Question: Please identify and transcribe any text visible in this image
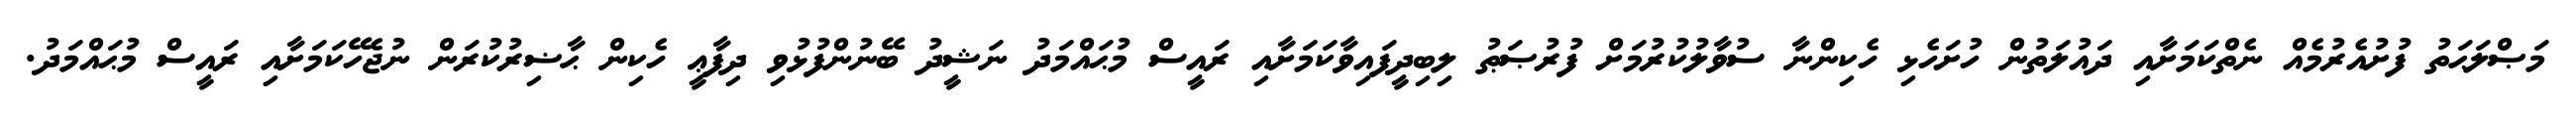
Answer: މަޞްލަޙަތު ފުށުއެރުމެއް ނެތްކަމަށާއި ދައުލަތުން ހުށަހެޅި ހެކިންނާ ސުވާލުކުރުމަށް ފުރުޞަޠު ލިބިދީފައިވާކަމަށާއި ރައީސް މުޙައްމަދު ނަޝީދު ބޭނުންފުޅުވި ދިފާޢީ ހެކިން ޙާޟިރުކުރަން ނުޖެހޭކަމަށާއި ރައީސް މުޙައްމަދު.